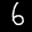
Label: 6